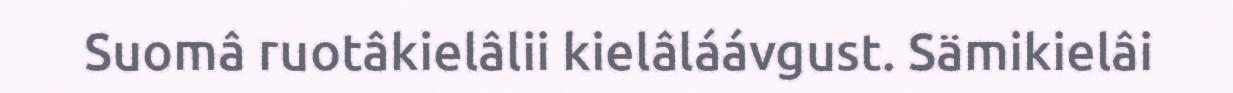
Suomâ ruotâkielâlii kielâláávgust. Sämikielâi